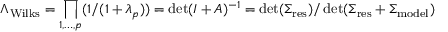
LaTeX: \Lambda _ { \mathrm { W i l k s } } = \prod _ { 1 , \ldots , p } ( 1 / ( 1 + \lambda _ { p } ) ) = \operatorname* { d e t } ( I + A ) ^ { - 1 } = \operatorname* { d e t } ( \Sigma _ { \mathrm { r e s } } ) / \operatorname* { d e t } ( \Sigma _ { \mathrm { r e s } } + \Sigma _ { \mathrm { m o d e l } } )